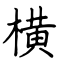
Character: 横